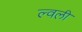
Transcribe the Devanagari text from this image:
ल्वली